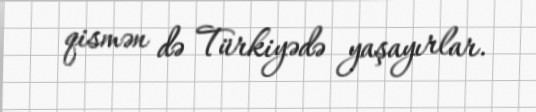
qismən də Türkiyədə yaşayırlar.